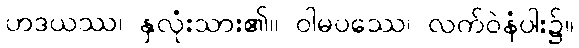
ဟဒယဿ၊ နှလုံးသား၏။ ဝါမပဿေ၊ လက်ဝဲနံပါး၌။